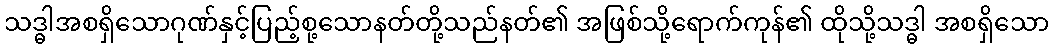
သဒ္ဓါအစရှိသောဂုဏ်နှင့်ပြည့်စု့သောနတ်တို့သည်နတ်၏ အဖြစ်သို့ရောက်ကုန်၏ ထိုသို့သဒ္ဓါ အစရှိသော